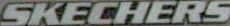
SKECHERS